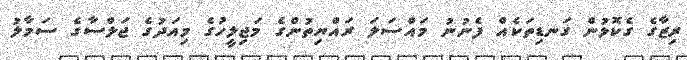
ރިޒާގެ ގެކޮޅުން ގަނޑިތަކެއް ފެނުނު މައްސަލަ ރައްޔިތުންގެ މަޖިލީހުގެ މިއަދުގެ ޖަލްސާގެ ސަމާލު